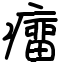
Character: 癅